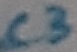
Text: C3